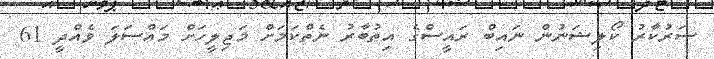
ސަރުކާރު ކޯލިޝަނުން ނައިބް ރައީސްގެ އިތުބާރު ނެތްކަމަށް މަޖިލީހަށް މައްސަލަ ވެއްދީ 61